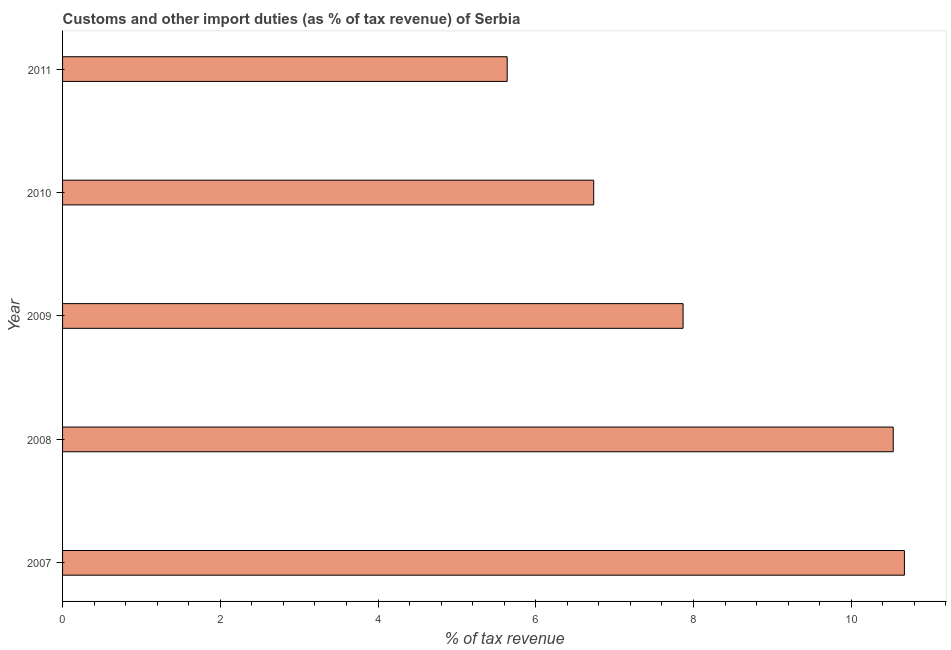
| Year | Customs and other import duties |
 | --- | --- |
 | 2007 | 10.7 |
 | 2008 | 10.5 |
 | 2009 | 7.87 |
 | 2010 | 6.73 |
 | 2011 | 5.64 |